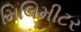
મિલિમીટર